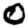
Digit: 0